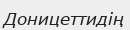
Доницеттидің